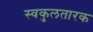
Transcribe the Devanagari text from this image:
स्वकुलतारक